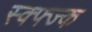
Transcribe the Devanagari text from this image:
स्क्फ्ज्क